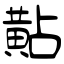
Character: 黇